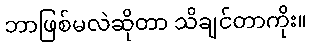
ဘာဖြစ်မလဲဆိုတာ သိချင်တာကိုး။